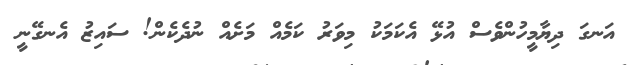
އަނގަ ދިޔާމީހުންވެސް އުޅޭ އެކަމަކު މިވަރު ކަމެއް މަށެއް ނުދެކެން! ސައިޒު އެނގޭނީ